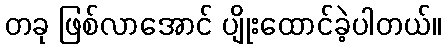
တခု ဖြစ်လာအောင် ပျိုးထောင်ခဲ့ပါတယ်။